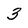
Character: 3